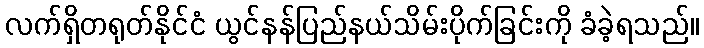
လက်ရှိတရုတ်နိုင်ငံ ယွင်နန်ပြည်နယ်သိမ်းပိုက်ခြင်းကို ခံခဲ့ရသည်။